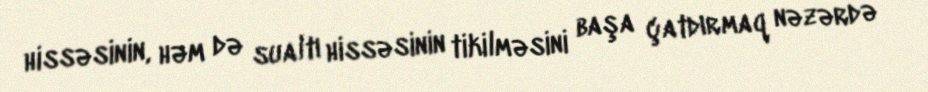
hissəsinin, həm də sualtı hissəsinin tikilməsini başa çatdırmaq nəzərdə